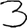
Digit: 3